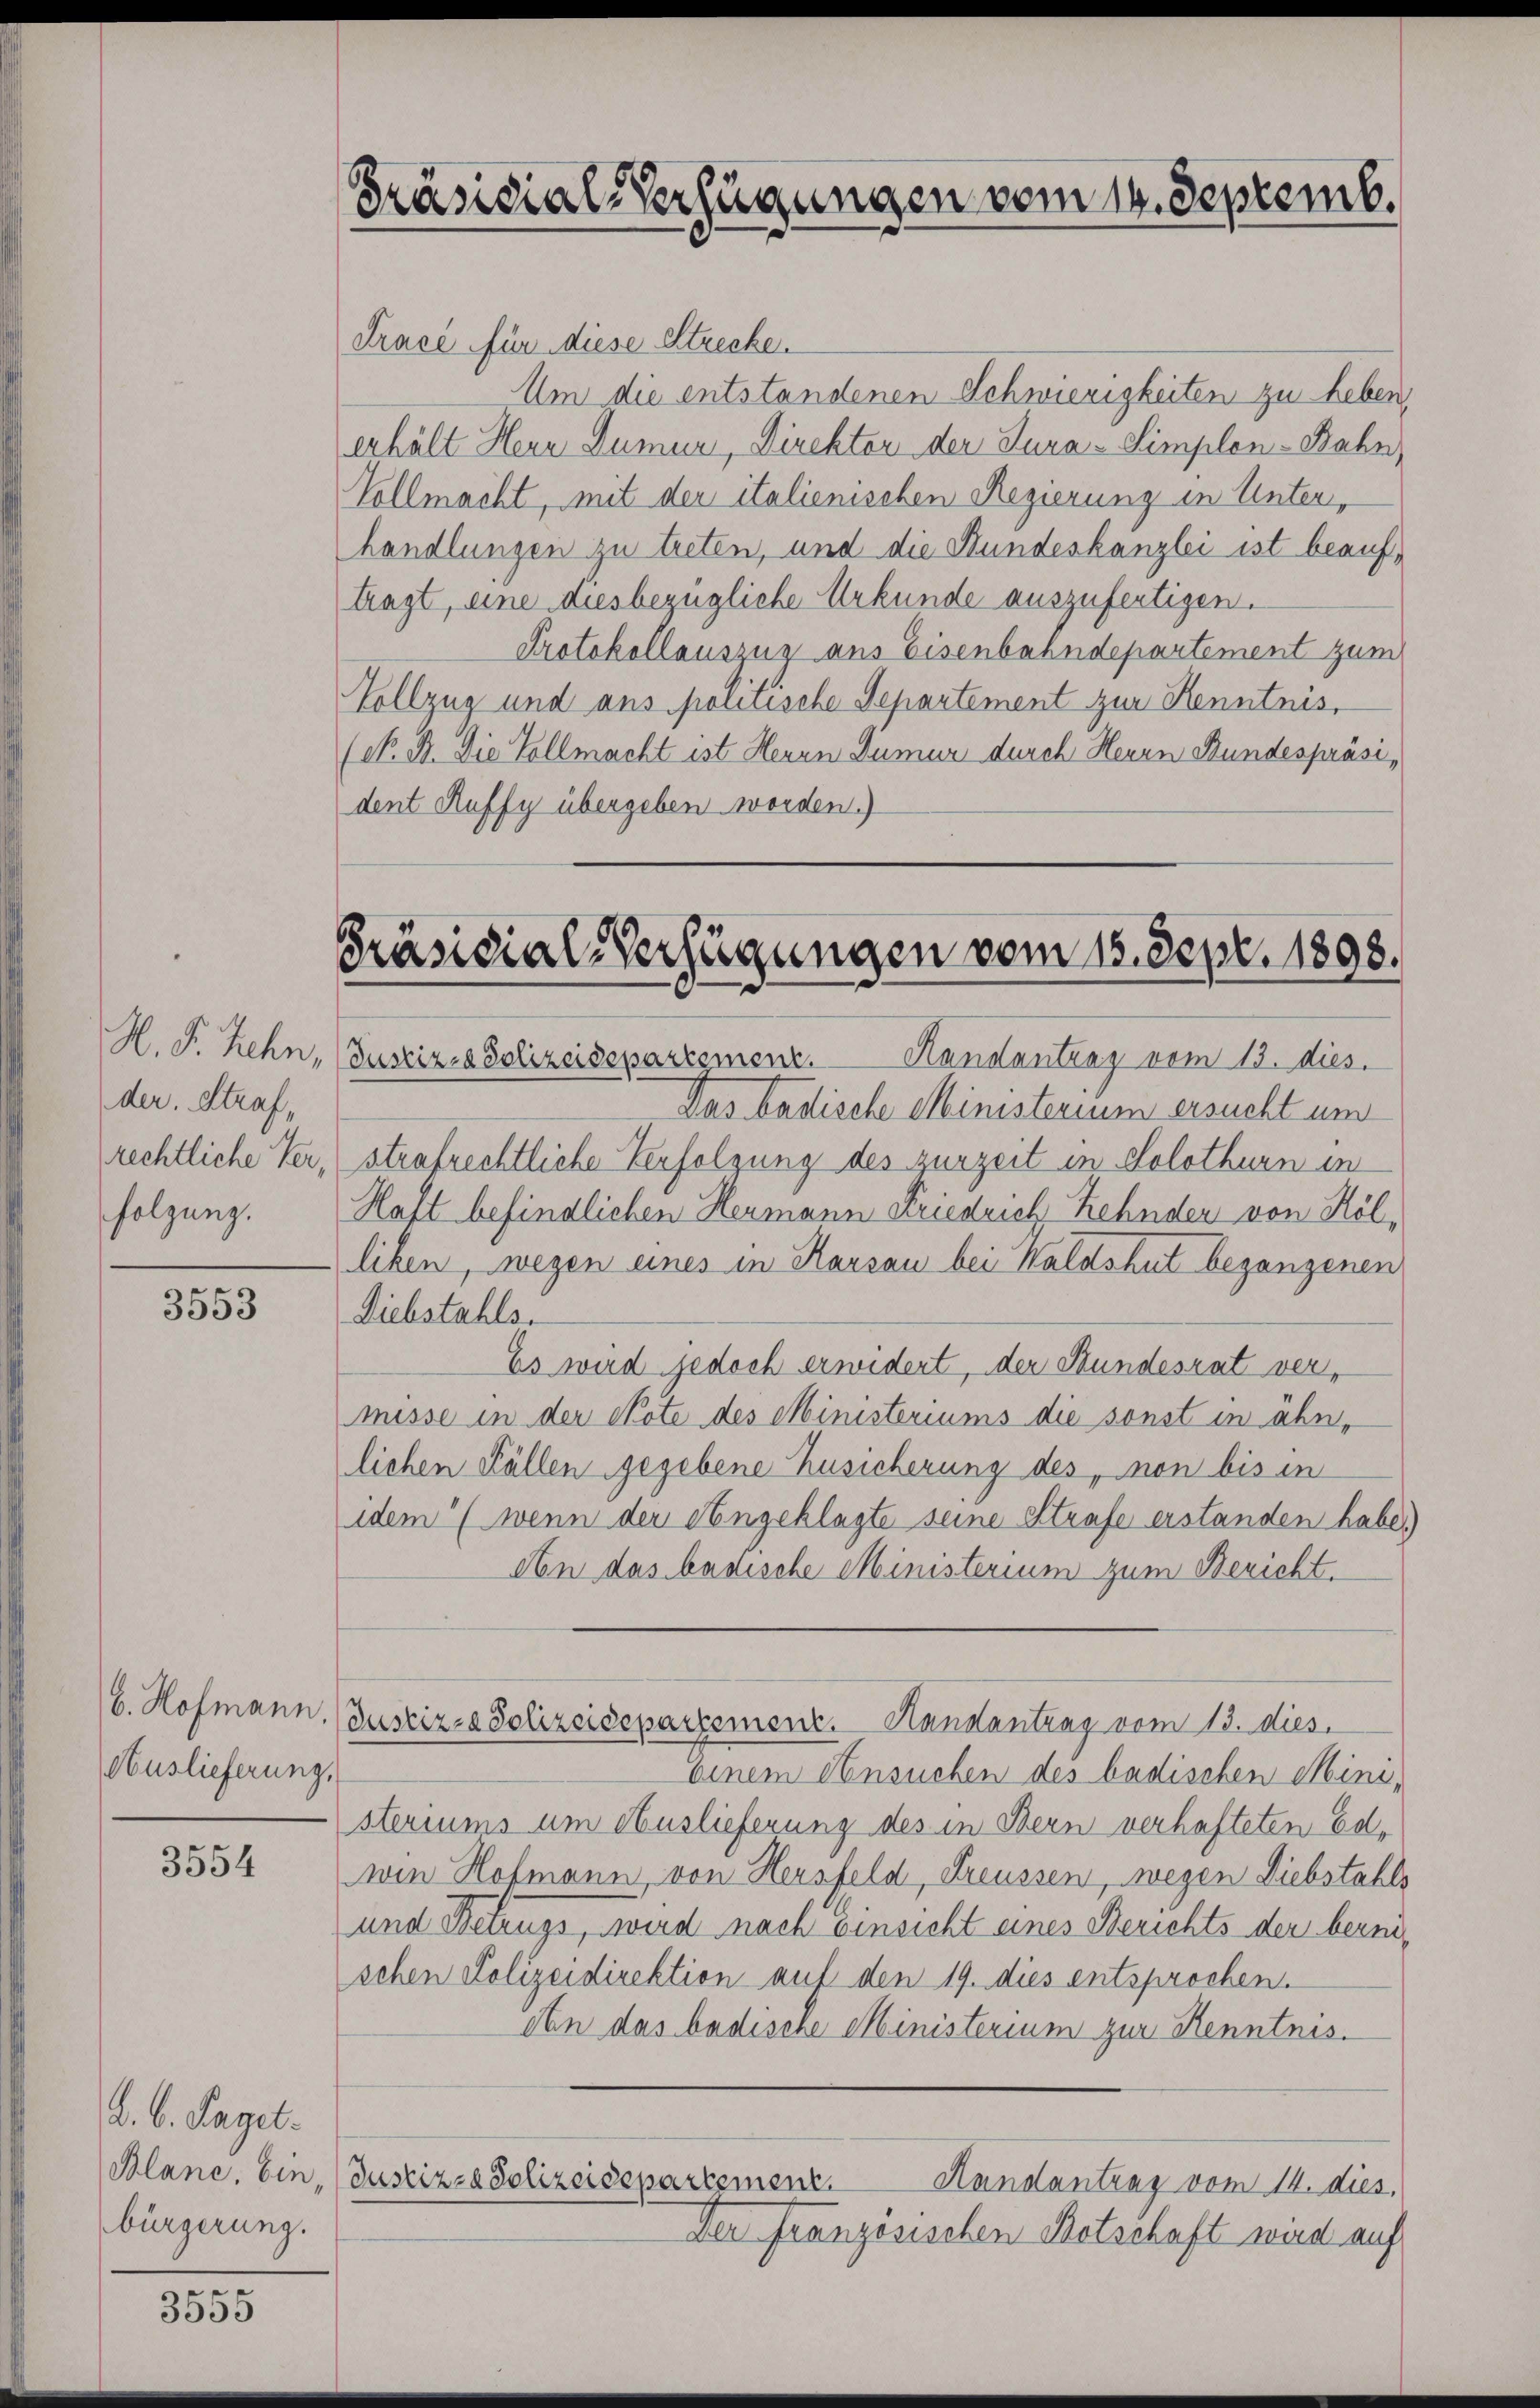
der. Straf,
folgung.

3553

Auslieferung,

3554

d. b. Paget.
bürgerung.

n
3550

Präsidial-Verfügungen vom 14. Septemb.

Trace für diese Strecke.
Um die entstandenen Schwierigkeiten zu heben,
erhält Hern Zumur, Direktor der Tura-Simplen-Bahn,
Vollmacht, mit der italienischen Regierung in Unterhandlungen zu treten, und die Bundeskanzlei ist beauftragt, eine diesbezügliche Urkunde auszufertigen.
Protokollauszug aus Eisenbahndepartement zum
Vollzug und ans politische Separtement zur Kenntnis,
(N. B. Die Vollmacht ist Heuen Dumur durch Herrn Bundespräsident Auffy übergeben worden.)

Präsidial-Verfügungen vom 15. Sept. 1898.

H. F. Hehn, (Justiz- & Polizeideparagmene Handantenz vom 13. dies.
Das badische Ministerium ersucht um
rechtliche Verstrafrechtliche Verfolgung des zurzeit in Solothurn in
Haft befindlichen Hermann Kriedrich Zehnder von Hölliken, wegen eines in Karsau bei Waldshut begangenen
Diebstahls.
Es wird jedoch erwidert, der Bundesrat vermisse in der Note des Ministeriums die sonst in ähnlichen Fällen gegebene Zusicherung des, non bis in
idem (wenn der Angeklagte seine Strafe erstanden habe.)
An das badische Ministerium zum Bericht.
b. Hofmann. Justiz- & Polizeidepartement. Handantrag vom 13. dies
einem Ansuchen des badischen Ministeriums um Auslieferung des in Bern verhafteten Colwie Hofmann, von Hersfeld, Freussen, wegen Diebstahls
und Betrugs, wird nach Einsicht eines Berichts der bereischen Polizeidirektion auf den 19. dies entsprochen.
An das badische Ministerium zur Kenntnis.
Plane, bin, (Justiz- & Polizeidepartement.
Handantrag vom 14. dies,
Der französischen Botschaft wird auf